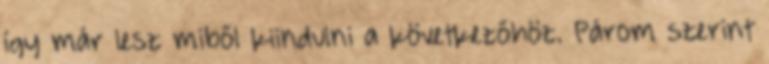
így már lesz miből kiindulni a következőhöz. Párom szerint